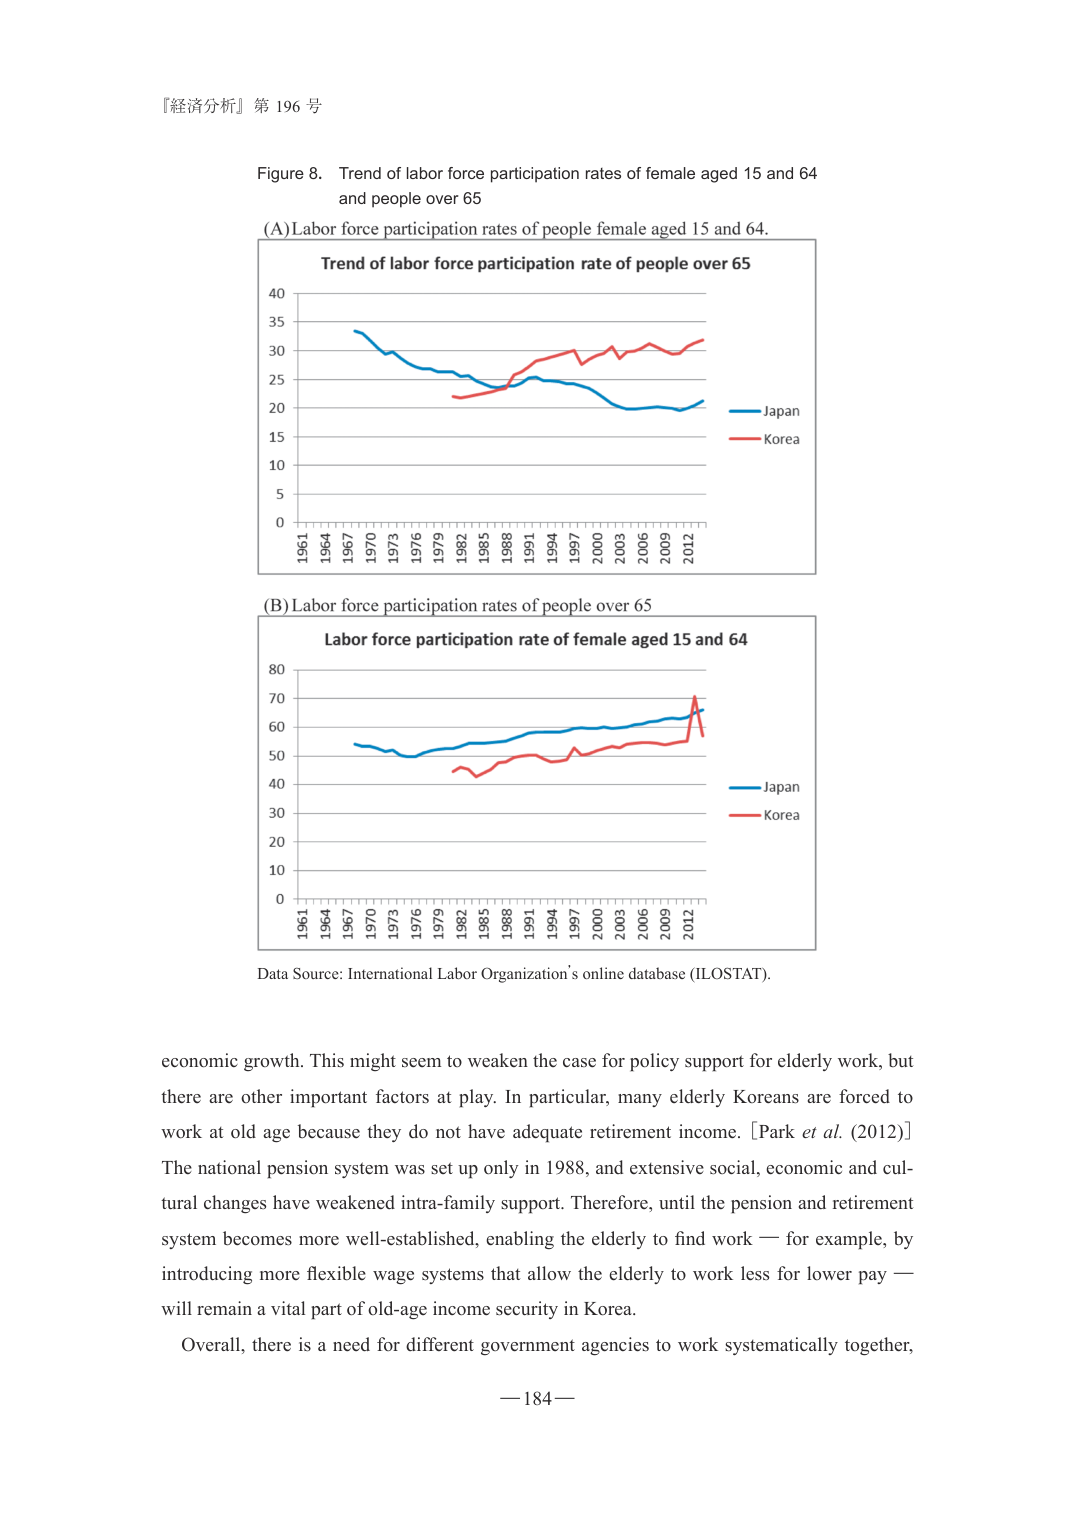
『経済分析』第 196 号

Figure 8. Trend of labor force participation rates of female aged 15 and 64 and people over 65

(A) Labor force participation rates of people female aged 15 and 64.

Trend of labor force participation rate of people over 65

0 5 10 15 20 25 30 35 40
1961 1964 1967 1970 1973 1976 1979 1982 1985 1988 1991 1994 1997 2000 2003 2006 2009 2012

— Japan
— Korea

(B) Labor force participation rates of people over 65

Labor force participation rate of female aged 15 and 64

0 10 20 30 40 50 60 70 80
1961 1964 1967 1970 1973 1976 1979 1982 1985 1988 1991 1994 1997 2000 2003 2006 2009 2012

— Japan
— Korea

Data Source: International Labor Organization’s online database (ILOSTAT).

economic growth. This might seem to weaken the case for policy support for elderly work, but there are other important factors at play. In particular, many elderly Koreans are forced to work at old age because they do not have adequate retirement income. [Park et al. (2012)] The national pension system was set up only in 1988, and extensive social, economic and cultural changes have weakened intra-family support. Therefore, until the pension and retirement system becomes more well-established, enabling the elderly to find work — for example, by introducing more flexible wage systems that allow the elderly to work less for lower pay — will remain a vital part of old-age income security in Korea.

Overall, there is a need for different government agencies to work systematically together,

— 184 —